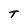
Character: T